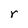
Character: r